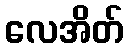
လေအိတ်